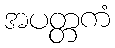
အပတ္တကံ